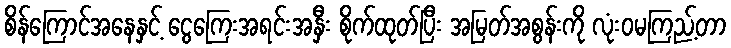
စိန်ကြောင်အနေနှင့် ငွေကြေးအရင်းအနှီး စိုက်ထုတ်ပြီး အမြတ်အစွန်းကို လုံးဝမကြည့်တာ